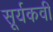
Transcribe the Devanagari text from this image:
सूर्यकवी